Preliminary report on the development of the Leishman-Donovan body in the bed bug - Number 27
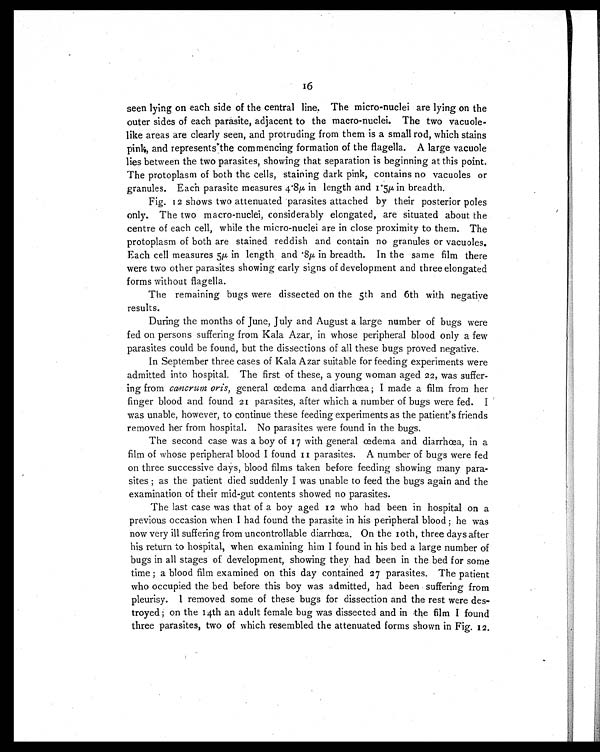
16
seen lying on each side of the central line. The micro-nuclei are lying on the
outer sides of each parasite, adjacent to the macro-nuclei. The two vacuole-
like areas are clearly seen, and protruding from them is a small rod, which stains
pink, and represents the commencing formation of the flagella. A large vacuole
lies between the two parasites, showing that separation is beginning at this point.
The protoplasm of both the cells, staining dark pink, contains no vacuoles or
granules. Each parasite measures 4. 8μ in length and 1.5μ in breadth.
Fig. 12 shows two attenuated parasites attached by their posterior poles
only. The two macro-nuclei, considerably elongated, are situated about the
centre of each cell, while the micro-nuclei are in close proximity to them. The
protoplasm of both are stained reddish and contain no granules or vacuoles.
Each cell measures 5 μ in length and .8μ in breadth. In the same film there
were two other parasites showing early signs of development and three elongated
forms without flagella.
The remaining bugs were dissected on the 5th and 6th with negative
results.
During the months of June, July and August a large number of bugs were
fed on persons suffering from Kala Azar, in whose peripheral blood only a few
parasites could be found, but the dissections of all these bugs proved negative.
In September three cases of Kala Azar suitable for feeding experiments were
admitted into hospital. The first of these, a young woman aged 22, was suffer-
ing from cancrum oris, general œdema and diarrhœa ; I made a film from her
finger blood and found 21 parasites, after which a number of bugs were fed. I
was unable, however, to continue these feeding experiments as the patient's friends
removed her from hospital. No parasites were found in the bugs.
The second case was a boy of 17 with general œdema and diarrhœa, in a
film of whose peripheral blood I found 11 parasites. A number of bugs were fed
on three successive days, blood films taken before feeding showing many para-
sites ; as the patient died suddenly I was unable to feed the bugs again and the
examination of their mid-gut contents showed no parasites.
The last case was that of a boy aged 12 who had been in hospital on a
previous occasion when I had found the parasite in his peripheral blood ; he was
now very ill suffering from uncontrollable diarrhœa. On the 10th, three days after
his return to hospital, when examining him I found in his bed a large number of
bugs in all stages of development, showing they had been in the bed for some
time ; a blood film examined on this day contained 27 parasites. The patient
who occupied the bed before this boy was admitted, had been suffering from
pleurisy. I removed some of these bugs for dissection and the rest were des-
troyed ; on the 14th an adult female bug was dissected and in the film I found
three parasites, two of which resembled the attenuated forms shown in Fig. 12.